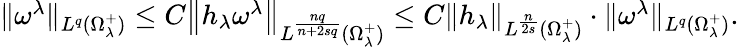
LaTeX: \begin{array}{r}{\| \omega^{\lambda}\| _{L^{q}(\Omega_{\lambda}^{+})}\leq C\left\| h_{\lambda}\omega^{\lambda}\right\| _{L^{\frac{nq}{n+2sq}}(\Omega_{\lambda}^{+})}\leq C\left\| h_{\lambda}\right\| _{L^{\frac{n}{2s}}(\Omega_{\lambda}^{+})}\cdot\| \omega^{\lambda}\| _{L^{q}(\Omega_{\lambda}^{+})}.}\end{array}